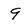
Character: 9